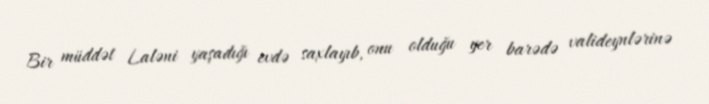
Bir müddət Laləni yaşadığı evdə saxlayıb, onu olduğu yer barədə valideynlərinə